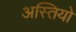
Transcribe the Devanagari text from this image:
अस्तियो